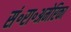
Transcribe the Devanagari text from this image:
सं॰रा॰अमेरिका